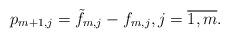
LaTeX: \begin{align*} p_{m+1,j} = \tilde f_{m,j} - f_{m,j}, j = \overline{1, m}.\end{align*}